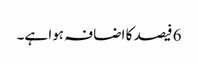
6 فیصد کا اضافہ ہوا ہے۔